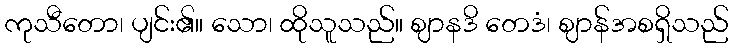
ကုသီတော၊ ပျင်း၏။ သော၊ ထိုသူသည်။ ဈာနဒိ တေဒံ၊ ဈာန်အစရှိသည်